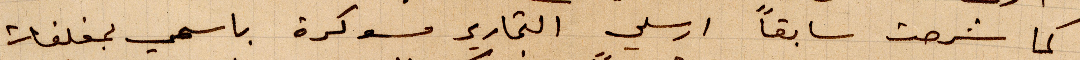
كما شرحت سابقًا ارسلي التحارير مسوكرة باسمي بمغلفات